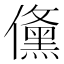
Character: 𭀉